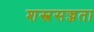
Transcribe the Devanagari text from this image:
शस्त्रसज्जता